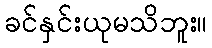
ခင်နှင်းယုမသိဘူး။